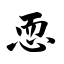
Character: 恧